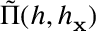
\tilde { \Pi } ( h , h _ { { \bf x } } )